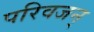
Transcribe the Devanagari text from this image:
परिवजन्